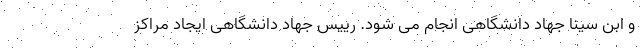
و ابن سینا جهاد دانشگاهی انجام می شود. رییس جهاد دانشگاهی ایجاد مراکز